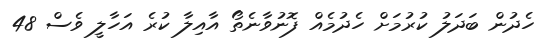
ހެދުން ބަދަލު ކުރުމަށް ހެދުމެއް ފޮނުވާނެތޯ އާއިލާ ކުރެ އަހާލީ ވެސް 48